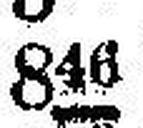
846